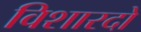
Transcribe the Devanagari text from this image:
विशारदो